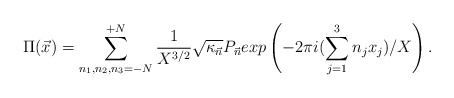
\begin{align*}\Pi({\vec x}) = \sum_{n_1,n_2,n_3=-N}^{+N} \frac{1}{X^{3/2}}{\sqrt{\kappa_{\vec{n}}}} P_{\vec{n}} exp\left(-2\pi i(\sum_{j=1}^{3} n_j x_j)/X \right).\end{align*}